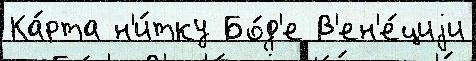
Ка́рта н'и́тку Бо́д'е В'ен'е́циjи